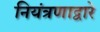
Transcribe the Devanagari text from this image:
नियंत्रणाद्वारे